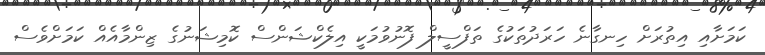
ކަމަށާއި އިތުރަށް ހިނގާނެ ހަރަދުތަކުގެ ތަފްސީލް ފޮނުވުމަކީ އިލެކްޝަންސް ކޮމިޝަނުގެ ޒިންމާއެއް ކަމަށްވެސް